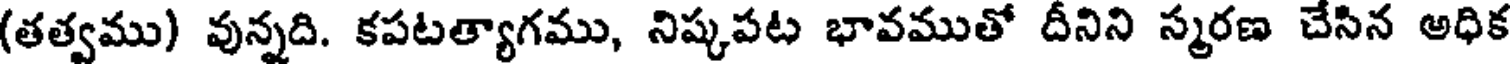
(తత్వము) వున్నది. కపటత్యాగము, నిష్కపట భావముతో దీనిని స్మరణ చేసిన అధిక